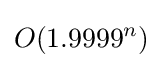
O(1.9999^{n})